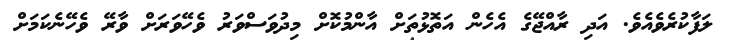
ލަފާކުރެވެއެވެ. އަދި ރާއްޖޭގެ އެހެން އަތޮޅުތަަށް އާންމުކޮށް މިދުވަސްވަރު ވެހޭވަރަށް ވާރޭ ވެހޭނެކަމަށް